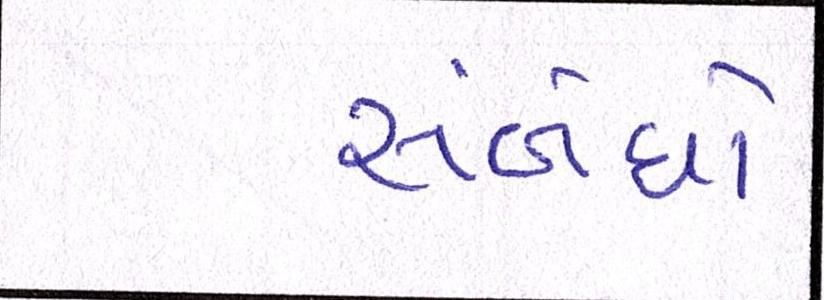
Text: સંબંધો